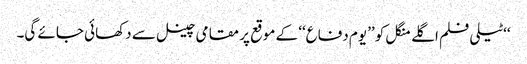
‘‘ٹیلی فلم اگلے منگل کو ’’یوم دفاع‘‘ کے موقع پر مقامی چینل سے دکھائی جائے گی۔